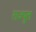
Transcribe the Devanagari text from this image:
राज्पुत